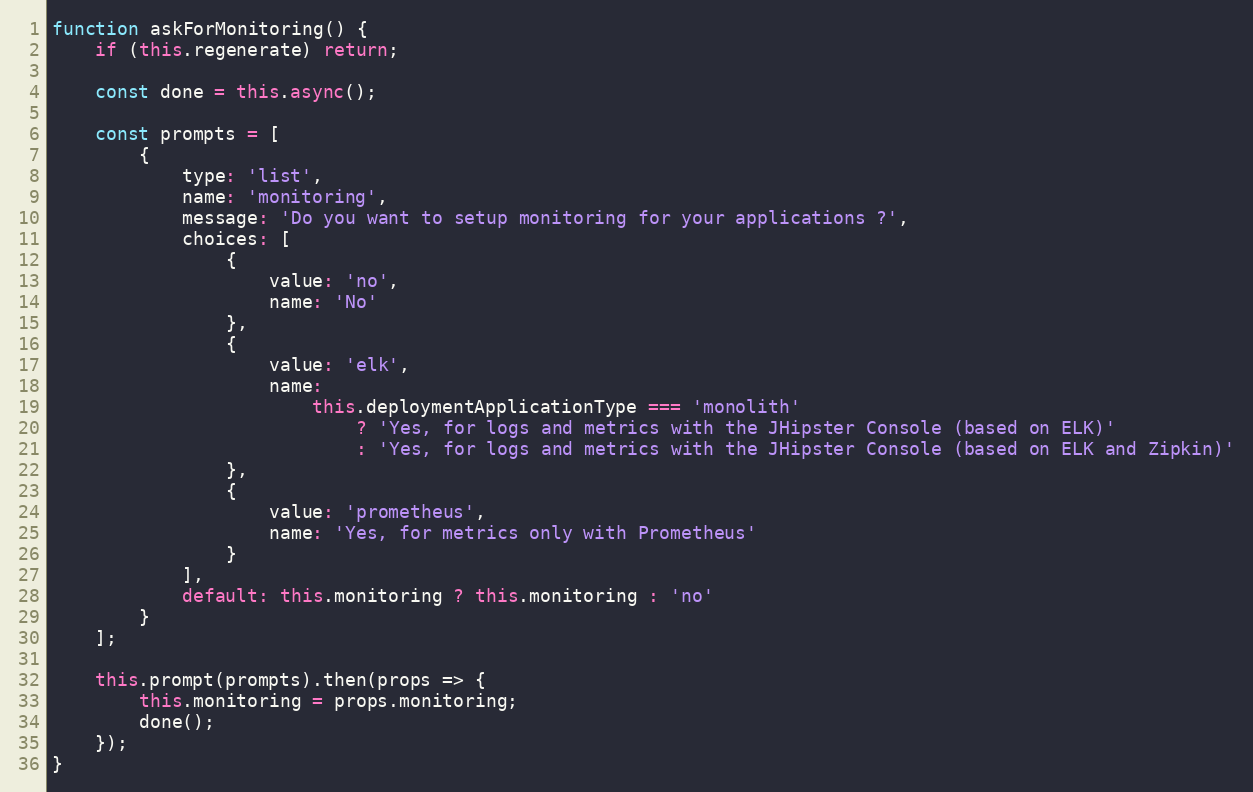
Language: JavaScript
function askForMonitoring() {
    if (this.regenerate) return;

    const done = this.async();

    const prompts = [
        {
            type: 'list',
            name: 'monitoring',
            message: 'Do you want to setup monitoring for your applications ?',
            choices: [
                {
                    value: 'no',
                    name: 'No'
                },
                {
                    value: 'elk',
                    name:
                        this.deploymentApplicationType === 'monolith'
                            ? 'Yes, for logs and metrics with the JHipster Console (based on ELK)'
                            : 'Yes, for logs and metrics with the JHipster Console (based on ELK and Zipkin)'
                },
                {
                    value: 'prometheus',
                    name: 'Yes, for metrics only with Prometheus'
                }
            ],
            default: this.monitoring ? this.monitoring : 'no'
        }
    ];

    this.prompt(prompts).then(props => {
        this.monitoring = props.monitoring;
        done();
    });
}